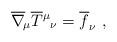
LaTeX: \begin{align*}\overline\nabla_{\!\mu}\overline T{^\mu}{_\nu}=\overline f_\nu \ ,\end{align*}